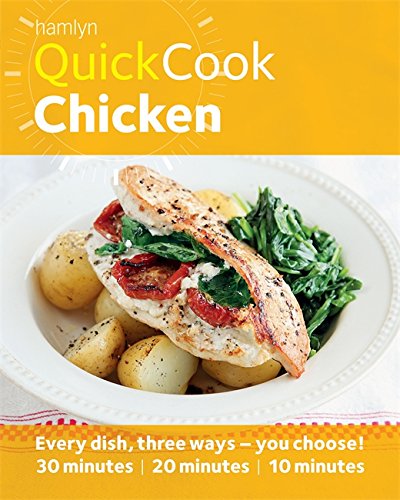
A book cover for Hamlyn QuickCook: Chicken; Emma Jane Frost; Cookbooks, Food & Wine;